Report of the veterinary officer investigating camel disease
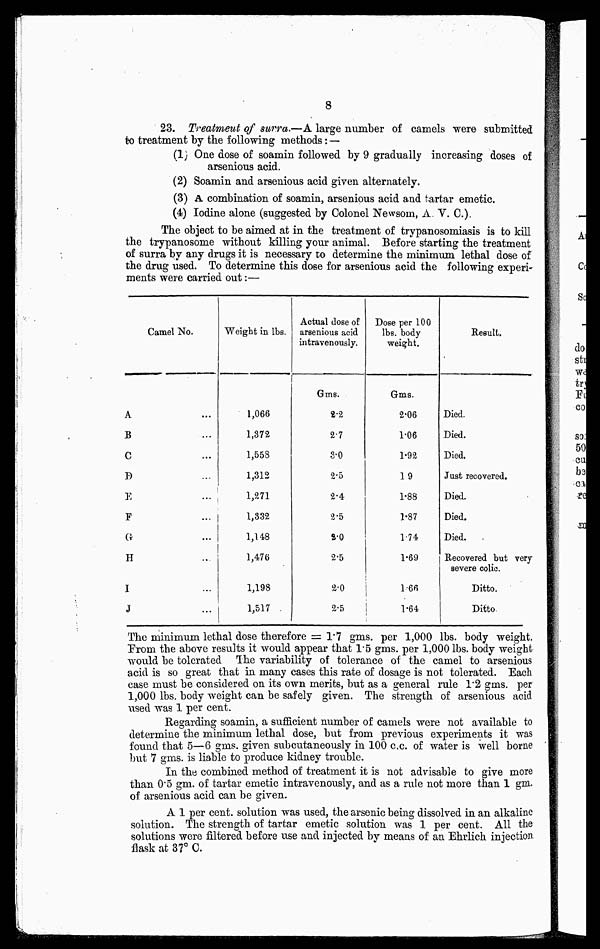
8
23. Treatment of surra.—A large number of camels were submitted
to treatment by the following methods: —
(1) One dose of soamin followed by 9 gradually increasing doses of
arsenious acid.
(2) Soamin and arsenious acid given alternately.
(3) A combination of soamin, arsenious acid and tartar emetic.
(4) Iodine alone (suggested by Colonel Newsom, A. V. C).
The object to be aimed at in the treatment of trypanosomiasis is to kill
the trypanosome without killing your animal. Before starting the treatment
of surra by any drugs it is necessary to determine the minimum lethal dose of
the drug used. To determine this dose for arsenious acid the following experi-
ments were carried out:—
Camel No.
A
B
C
D
E
F
G
H
I
J
Weight in lbs.
1,066
1,372
1,558
1,312
1,271
1,332
1,148
1,476
1,198
1,517
Actual dose of
arsenious acid
intravenously.
Gms.
2.2
2.7
3.0
2.5
2.4
2.5
2.0
2.5
2.0
2.5
Dose per 100
lbs. body
weight.
Gms.
2.06
1.06
1.92
1.9
1.88
1.87
1.74
1.69
1.66
1.64
Result.
Died.
Died.
Died.
Just recovered.
Died.
Died.
Died.
Recovered but very
severe colic.
Ditto.
Ditto
The minimum lethal dose therefore = 1.7 gms. per 1,000 lbs. body weight.
Prom the above results it would appear that 15 gms. per 1,000 lbs. body weight
would be tolerated The variability of tolerance of the camel to arsenious
acid is so great that in many cases this rate of dosage is not tolerated. Each
case must be considered on its own merits, but as a general rule 1.2 gms. per
1,000 lbs. body weight can be safely given. The strength of arsenious acid
used was 1 per cent.
Regarding soamin, a sufficient number of camels were not available to
determine the minimum lethal dose, but from previous experiments it was
found that 5—6 gms. given subcutaneously in 100 c.c. of water is well borne
but 7 gms. is liable to produce kidney trouble.
In the combined method of treatment it is not advisable to give more
than 0.5 gm. of tartar emetic intravenously, and as a rule not more than 1 gm.
of arsenious acid can be given.
A 1 per cent. solution was used, the arsenic being dissolved in an alkaline
solution. The strength of tartar emetic solution was 1 per cent. All the
solutions were filtered before use and injected by means of an Ehrlich injection
flask at 37° C.